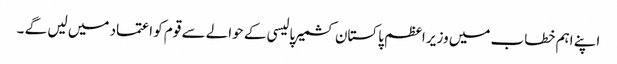
اپنے اہم خطاب میں وزیر اعظم پاکستان کشمیر پالیسی کے حوالے سے قوم کو اعتماد میں لیں گے ۔